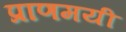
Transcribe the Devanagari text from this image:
प्राणमयी